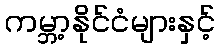
ကမ္ဘာ့နိုင်ငံများနှင့်